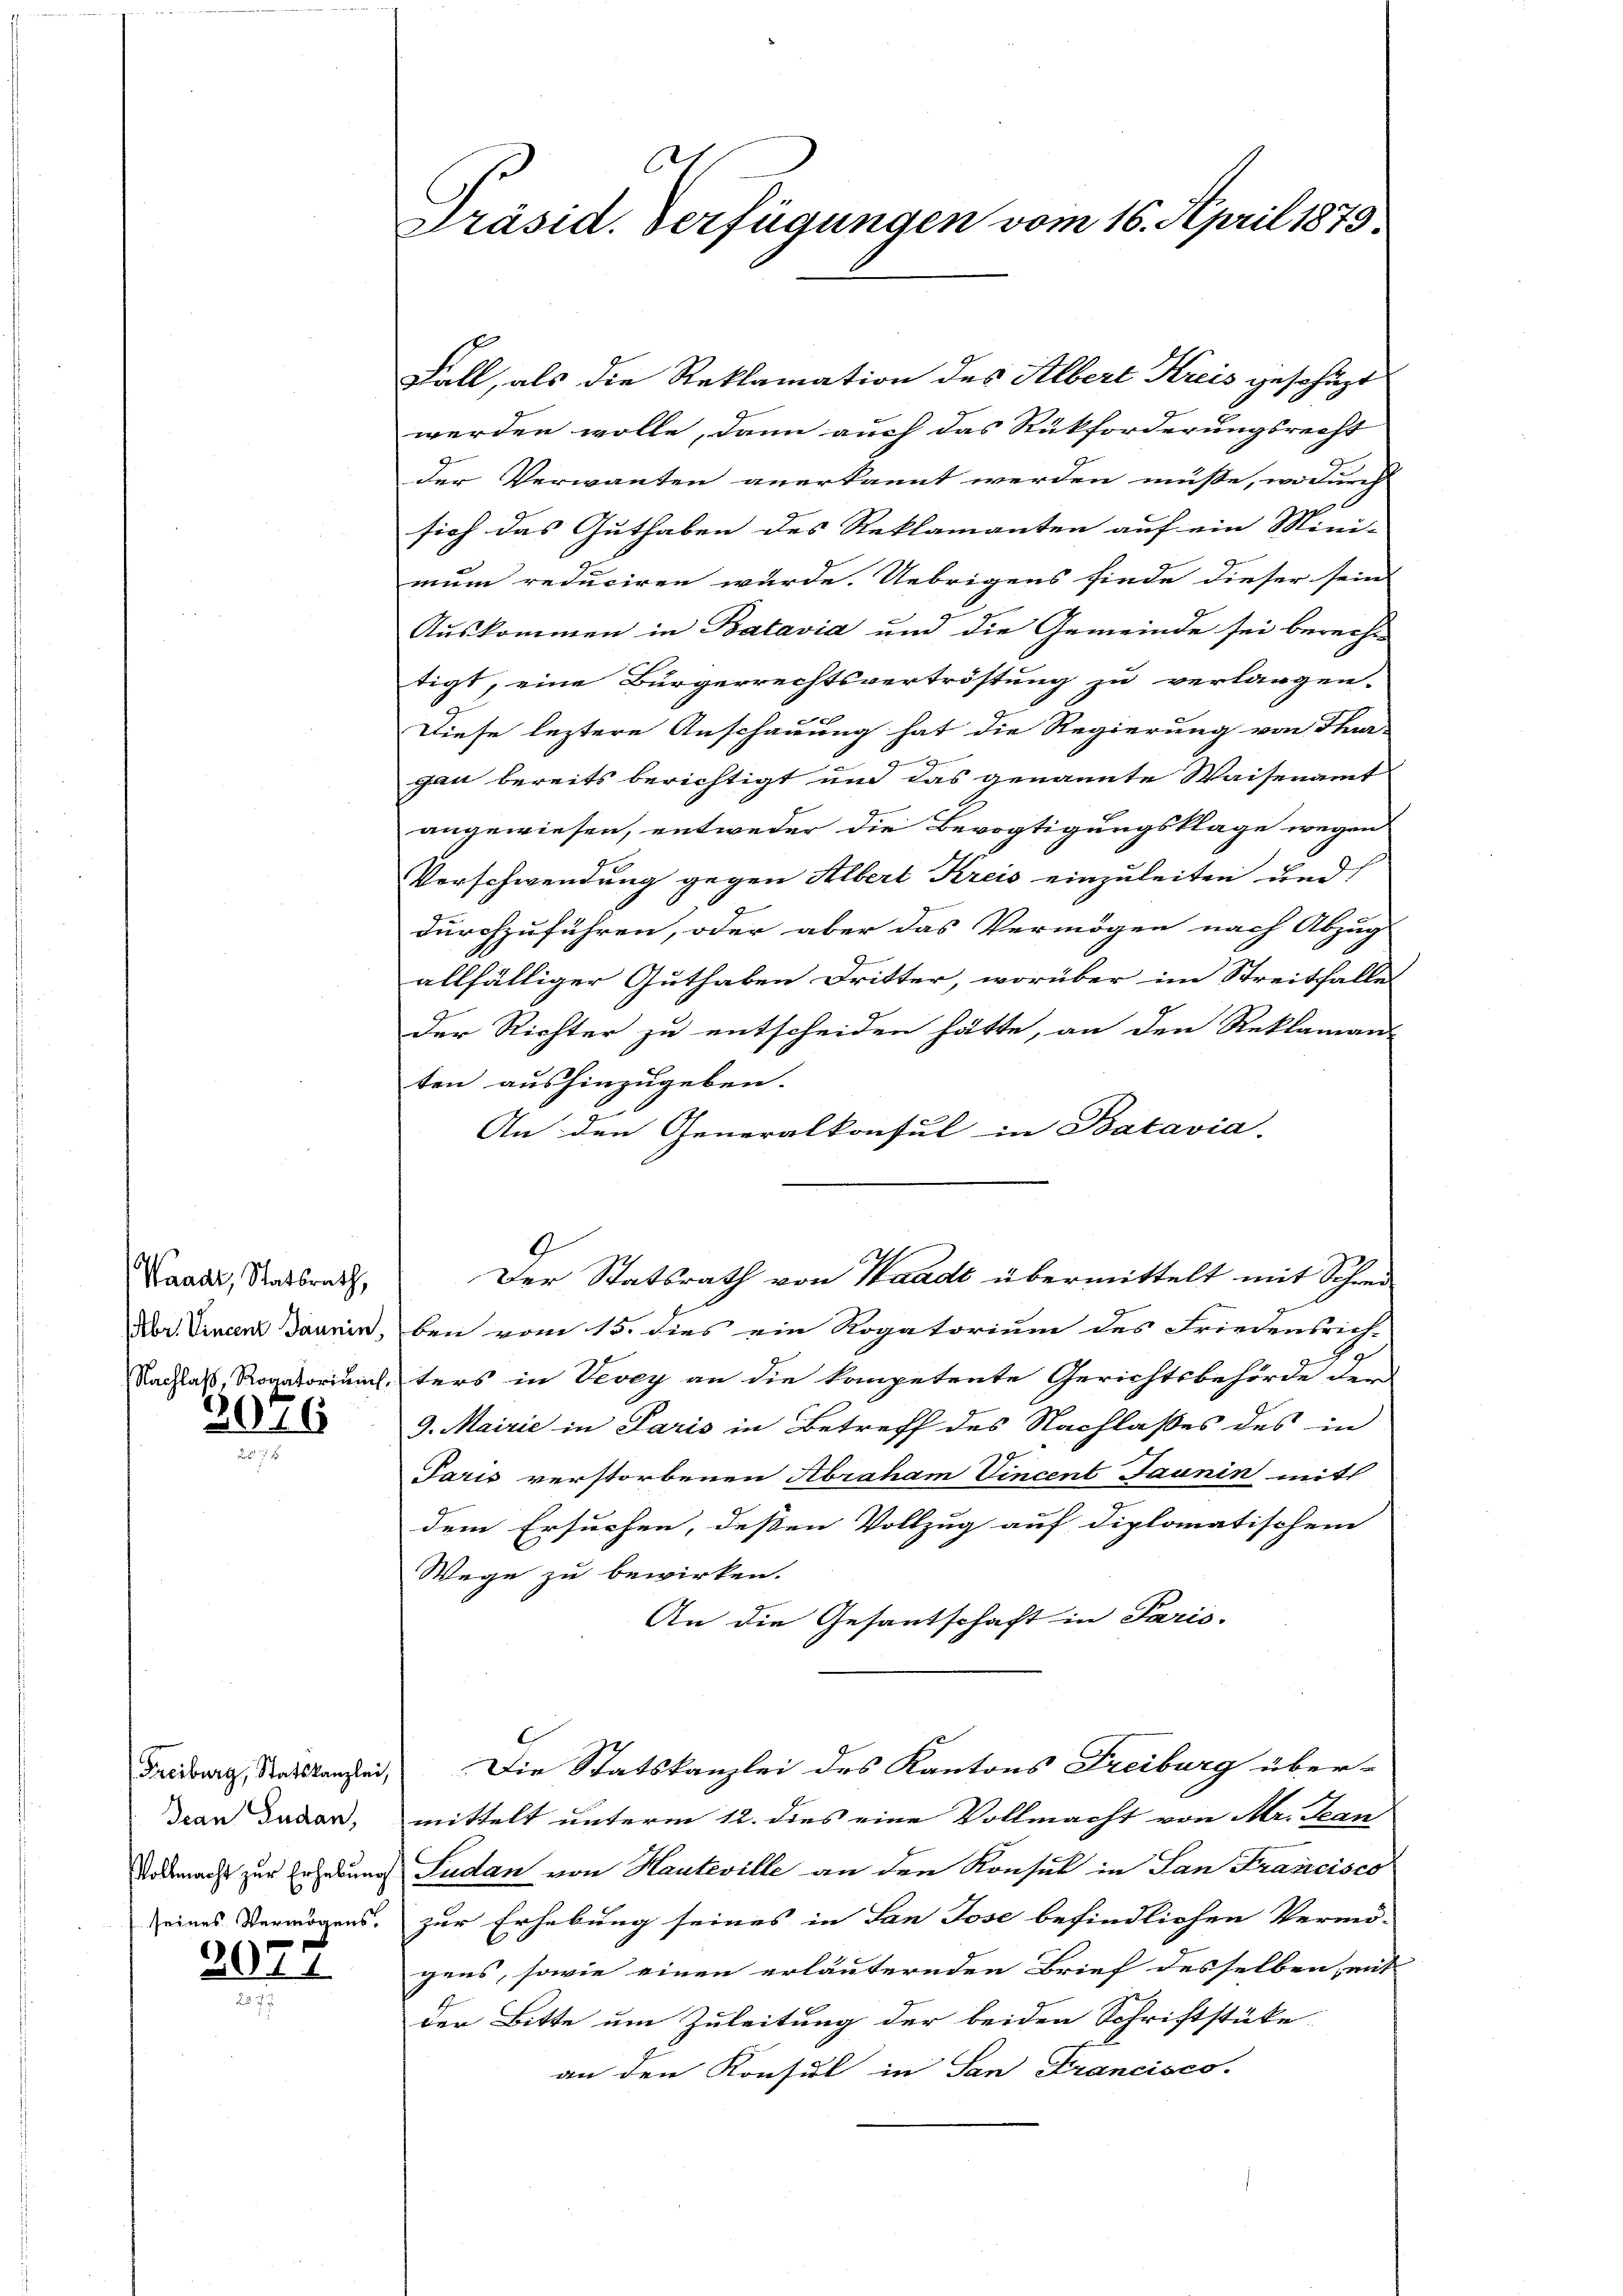
Waadt, Statsrath,

2076

Freiburg, Statskanzlei,
Dean Ludan,
seines Vermögens.

20.11

t
Präsid. Verfügungen vom 16. April 1879.

Fall, als die Reklamation des Albert Kreis geschäzt
werden wolle, dann auch das Rückforderungsrecht
der Verwanten anerkannt werden müße, wodurch
sich das Guthaben des Reklamanten auf ein Mini- |
mum reduciren wurde. Uebrigens finde dieser sein
Auskommen in Batavia und die Gemeinde sei berech-
tigt, eine Bürgerrechtsvertröstung zu verlangen.
Diese leztere Anschauung hat die Regierung von Thur
2
gau bereits berichtigt und das genannte Waisenamt
s
angewiesen, entweder die Bevogtigungsklage wegen
Verschwendung gegen Albert Kreis einzuleiten und
durchzuführen, oder aber das Vermögen nach Abzug
allfälliger Guthaben Dritter, worüber im Streitfalle
der Richter zu entscheiden hätte, an den Reklaman-
ten aushinzugeben.
An den Generalkonsul in Batavia.
1.
Der Statsrath von Stadt übermittelt mit Schrei¬
Nor. Vincenz Janein, bei vom 15. dies ein Rogatorium des Friedensrich-
Nachlaß, Rogatoriums, ters in Vevey an die kompetente Gerichtsbehörde den
9. Mairie in Paris in Betreff des Nachlasses des in
Paris verstorbenen Abraham Vincent Jaunin mit
dem Ersuchen, dessen Vollzug auf diplomatischem
Wege zu bewirken.
An die Gesantschaft in Paris.
Die Statskanzlei des Kantons Freiburg über-
mittelt unterm 12. dies eine Vollmacht von Mr. Jean
Vollmacht zur Erhebung Sudan von Hauteville an den Konsul in San Francisco
zur Erhebung seines in San Jose befindlichen Vermö-
gens, sowie einen erläuternden Brief desselben, mit
der Bitte um Zuleitung der beiden Schriftstüke
an den Konsul in San Francisco